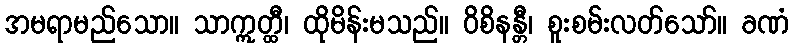
အမရာမည်သော။ သာဣတ္ထီ၊ ထိုမိန်းမသည်။ ဝိစိနန္တီ၊ စူးစမ်းလတ်သော်။ ခဏံ